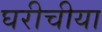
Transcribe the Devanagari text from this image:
घरीचीया